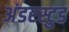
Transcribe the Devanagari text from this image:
अंडरस्टुड